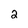
Character: 2